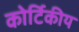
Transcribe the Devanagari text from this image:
कोर्टिकीय